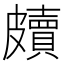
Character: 𥀲